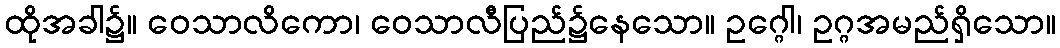
ထိုအခါ၌။ ဝေသာလိကော၊ ဝေသာလီပြည်၌နေသော။ ဥဂ္ဂေါ၊ ဥဂ္ဂအမည်ရှိသော။